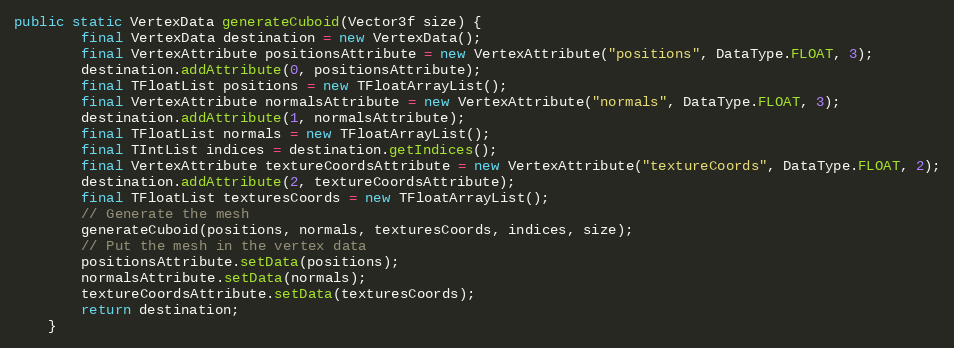
Language: Java
public static VertexData generateCuboid(Vector3f size) {
        final VertexData destination = new VertexData();
        final VertexAttribute positionsAttribute = new VertexAttribute("positions", DataType.FLOAT, 3);
        destination.addAttribute(0, positionsAttribute);
        final TFloatList positions = new TFloatArrayList();
        final VertexAttribute normalsAttribute = new VertexAttribute("normals", DataType.FLOAT, 3);
        destination.addAttribute(1, normalsAttribute);
        final TFloatList normals = new TFloatArrayList();
        final TIntList indices = destination.getIndices();
        final VertexAttribute textureCoordsAttribute = new VertexAttribute("textureCoords", DataType.FLOAT, 2);
        destination.addAttribute(2, textureCoordsAttribute);
        final TFloatList texturesCoords = new TFloatArrayList();
        // Generate the mesh
        generateCuboid(positions, normals, texturesCoords, indices, size);
        // Put the mesh in the vertex data
        positionsAttribute.setData(positions);
        normalsAttribute.setData(normals);
        textureCoordsAttribute.setData(texturesCoords);
        return destination;
    }